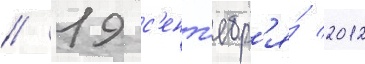
// 19 с'ент'ябр'я́ 2012